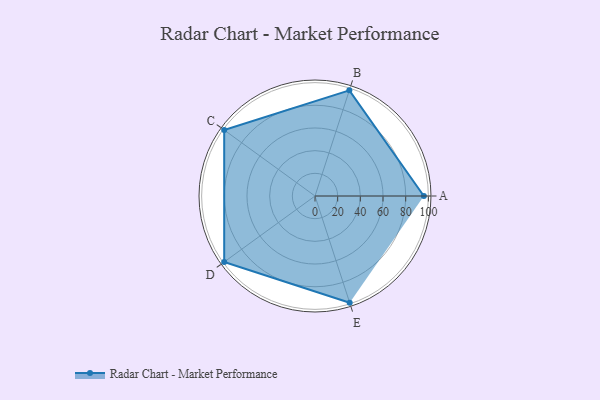
{"axis": {"x": "Skill", "y": "Score"}, "legend": ["Profile"], "data": [{"x": "A", "y": 96.0, "type": "Profile"}, {"x": "B", "y": 98.0, "type": "Profile"}, {"x": "C", "y": 99, "type": "Profile"}, {"x": "D", "y": 99, "type": "Profile"}, {"x": "E", "y": 99, "type": "Profile"}]}